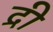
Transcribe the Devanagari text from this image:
द्री